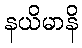
နယိမာနိ